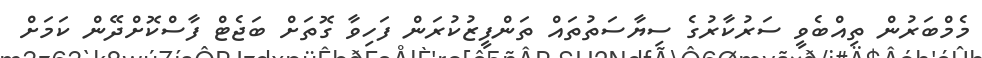
މެމްބަރުން ތިއްބެވީ ސަރުކާރުގެ ސިޔާސަތުތައް ތަންފީޒުކުރަން ފަހިވާ ގޮތަށް ބަޖެޓް ފާސްކޮށްދޭން ކަމަށް